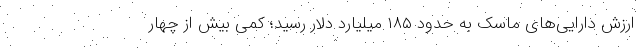
ارزش دارایی‌های ماسک به حدود ۱۸۵ میلیارد دلار رسید؛ کمی بیش از چهار